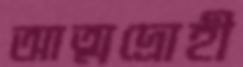
আত্মদ্রোহী